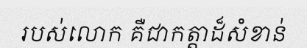
របស់លោក គឺជាកត្តាដ៏សំខាន់